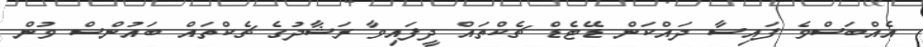
އެއްބަސްވެ ފައިސާ ދައްކަން ޑޭޓެޑް ޗެކްތައް ދީފައިވާ ރަޝާދުގެ ޗެކްތައް ބައުންސް ވުން